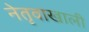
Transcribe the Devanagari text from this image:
नेतृवाखाली